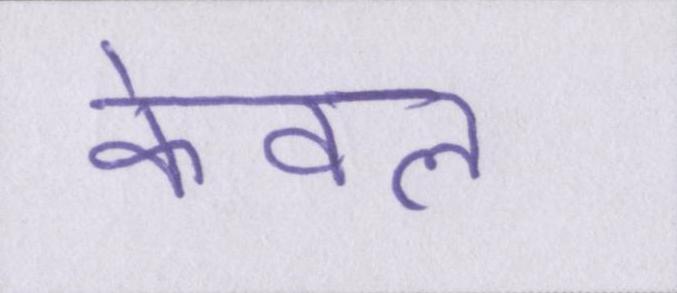
केवल